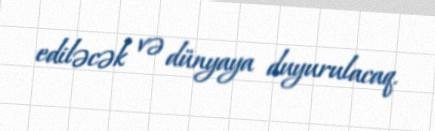
ediləcək və dünyaya duyurulacaq.